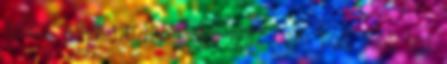
mikor aludtam ilyen jót, igaz nem volt több hat